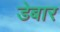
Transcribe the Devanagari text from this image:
डेबार